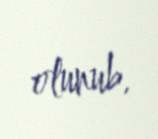
olunub.